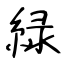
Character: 緑